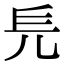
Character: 𠑿